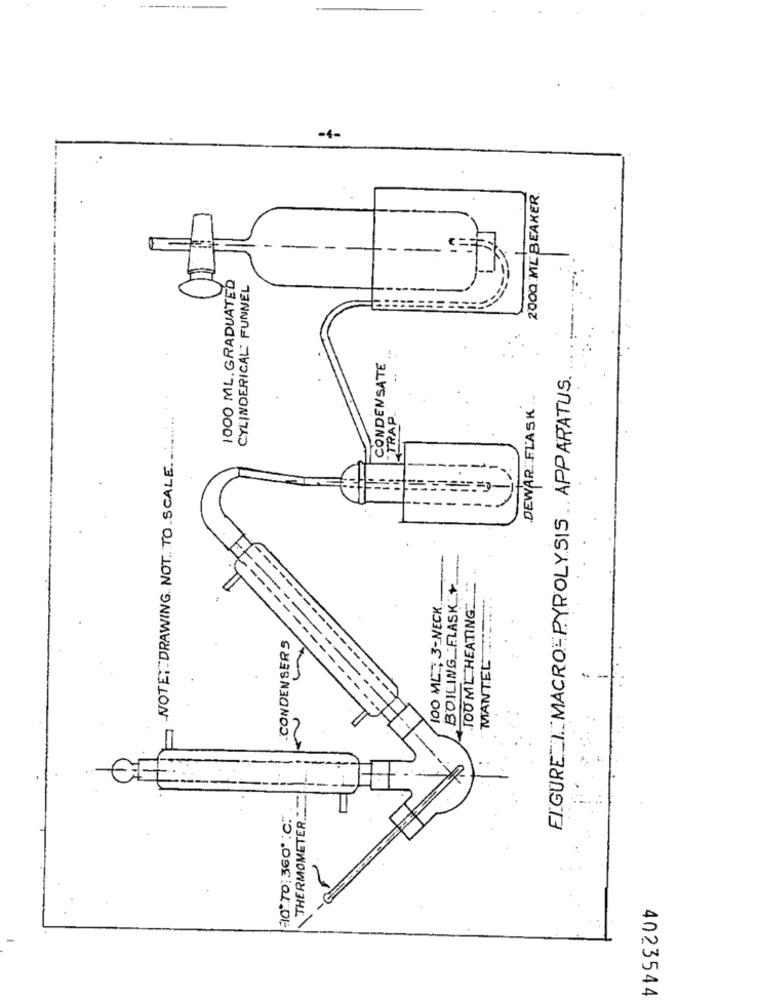
-4-
2000 ML BEAKER.
-
-
----
1000 ML. GRADUATED
CYLINDERICAL FUNNEL
CONDENSATE
FIGURE_I.MACRO-PYROLYSIS APPARATUS.
DEWAR: FLASK
TRAP.
NOTE: DRAWING NOT TO SCALE
BOILING FLASK+
JOU ML HEATING
MANTEL ..........
-
100 ML ; 3-NECK
.CONDENSERS
- --
THERMOMETER."
10"70 360' .C."
4023544